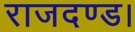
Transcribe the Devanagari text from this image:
राजदण्ड।